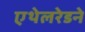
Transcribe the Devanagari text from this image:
एथेलरेडने